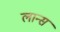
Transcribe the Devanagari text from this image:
लान्‍स